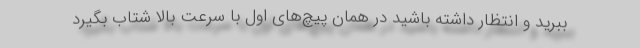
ببرید و انتظار داشته باشید در همان پیچ‌های اول با سرعت بالا شتاب بگیرد